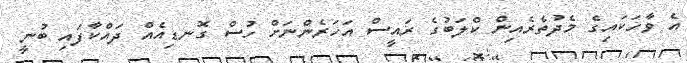
އެ ވާހަކައިގެ މެދުތެރެއިން ކްލަބުގެ ރައީސް އަހަރެންނަށް ހުސް ގޮނޑިއެއް ދައްކާފައި ބުނީ